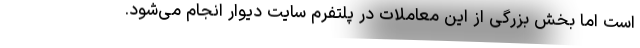
است اما بخش بزرگی از این معاملات در پلتفرم سایت دیوار انجام می‌شود.